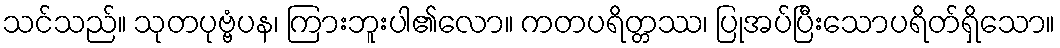
သင်သည်။ သုတပုဗ္ဗံပန၊ ကြားဘူးပါ၏လော။ ကတပရိတ္တဿ၊ ပြုအပ်ပြီးသောပရိတ်ရှိသော။